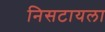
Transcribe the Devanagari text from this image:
निसटायला